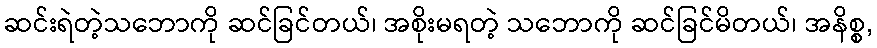
ဆင်းရဲတဲ့သဘောကို ဆင်ခြင်တယ်၊ အစိုးမရတဲ့ သဘောကို ဆင်ခြင်မိတယ်၊ အနိစ္စ,